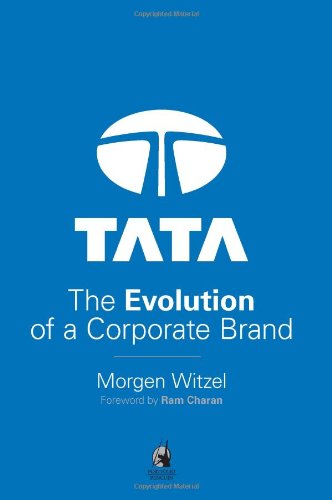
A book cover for Tata: The Evolution of a Corporate Brand; Morgen Witzel; Business & Money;